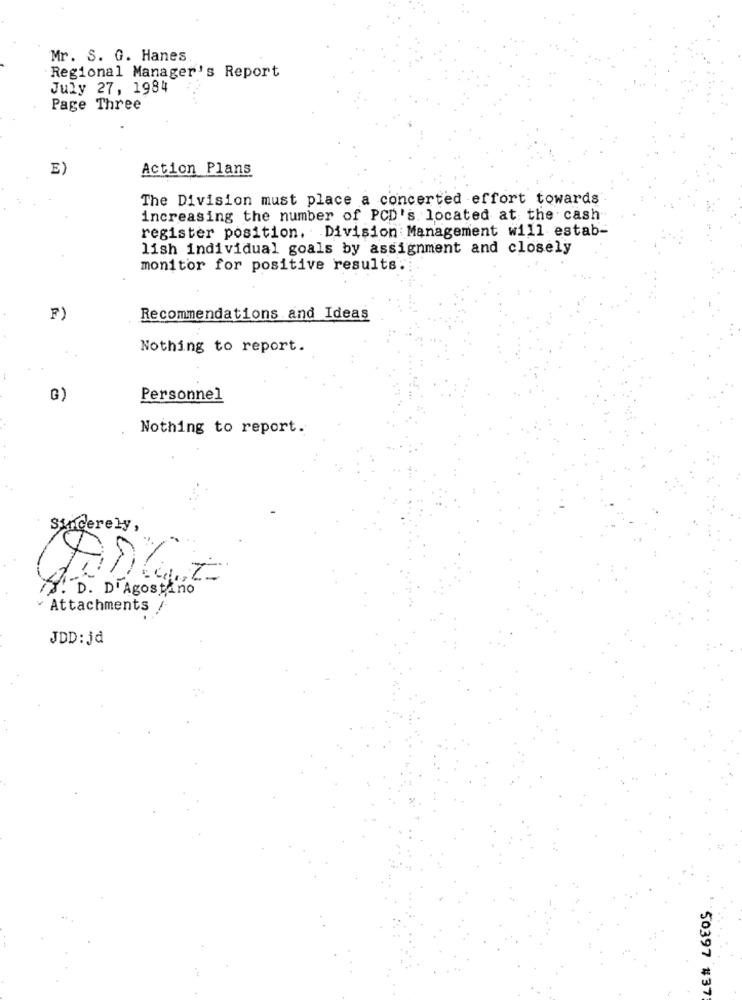
Mr. S. G. Hanes
Regional Manager's Report
July 27, 1984
Page Three
E)
Action Plans
The Division must place a concerted effort towards
increasing the number of PCD's located at the cash
register position. Division Management will estab-
lish individual goals by assignment and closely
monitor for positive results:
F)
Recommendations and Ideas
Nothing to report.
G)
Personnel
Nothing to report.
Sincerely,
S. D. D'Agostino
¥ Attachments /
JDD: jd
50397 #37